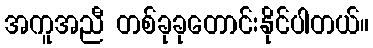
အကူအညီ တစ်ခုခုတောင်းနိုင်ပါတယ်။